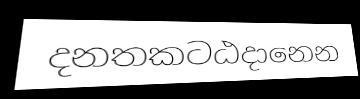
දනතකටඨදානෙන